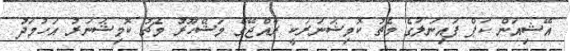
އޭޝިއަން ކަޕް ފައިނަލުގެ މެޗު ކޮމިޝަނަރަކީ ރާއްޖޭގެ މަޝްހޫރު މެޗު ކޮމިޝަނަރު އަހުމަދު